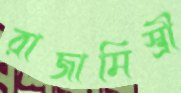
রাজামিস্ত্রী